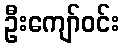
ဦးကျော်ဝင်း